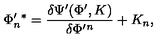
\Phi _ { n } ^ { \prime } { } ^ { * } = \frac { \delta \Psi ^ { \prime } ( \Phi ^ { \prime } , K ) } { \delta \Phi ^ { \prime } { } ^ { n } } + K _ { n } ,